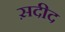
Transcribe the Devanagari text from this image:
स़दीद